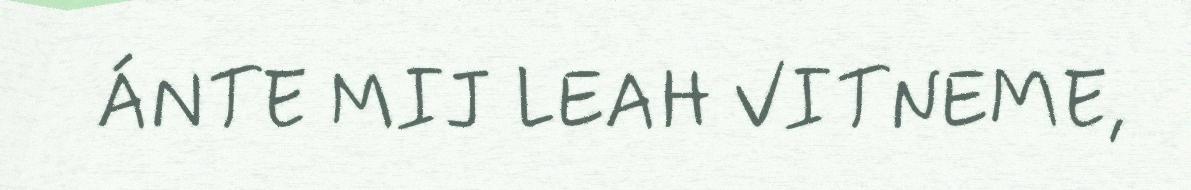
ÁNTE MIJ LEAH VITNEME,